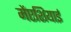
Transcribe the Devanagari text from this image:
मेंएशियाई